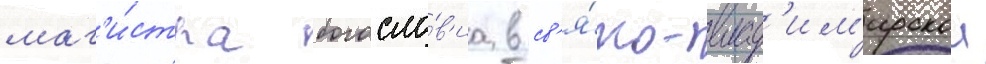
маг'и́стра богосло́в'иа в св'я́то-влад'им'ирскои